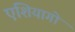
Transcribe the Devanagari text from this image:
एशियागो